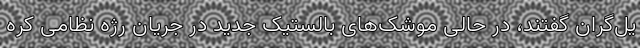
یل‌گران گفتند، در حالی‌ موشک‌های بالستیک جدید در جریان رژه نظامی کره